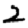
Digit: 2